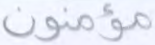
مؤمنون